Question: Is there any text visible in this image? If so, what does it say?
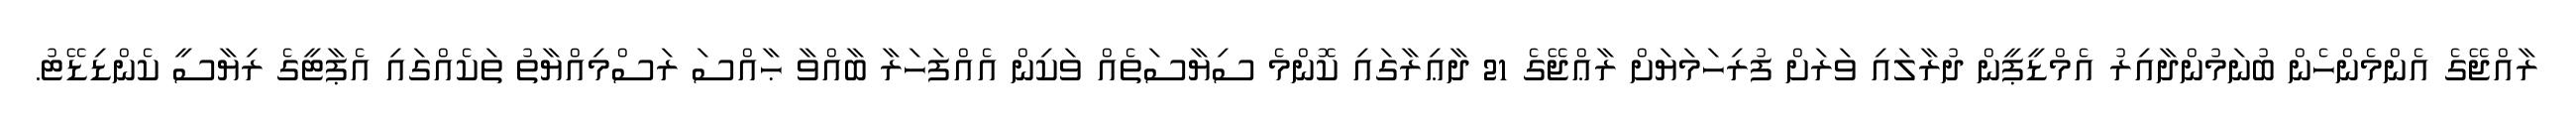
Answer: ރާއްޖޭގެ އެންމެންހެން ބުނަމުންދާއިރު އެމްޑީޕީން ދުރާލައި ވަރަށް ފުރިހަމަޔަށް ރާޢްޖޭގެ 21 ދާޢިރާގައި ކޮންމެ ސިޔާސަތެއް ވަކިން އެއްފަހަރާ ބާއްވާ ޙާއްސަ ރަސްމިއްޔާތު ތަކެއްގައި އެޕާޓީގެ ރިޔާސީ ކެންޑިޑޭޓު.